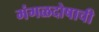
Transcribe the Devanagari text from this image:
मंगळदोषाची